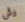
دش